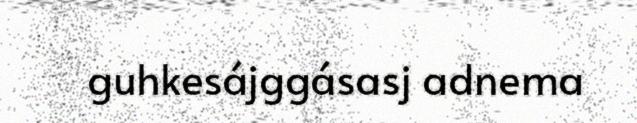
guhkesájggásasj adnema